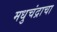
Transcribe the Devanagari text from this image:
मधुचंद्राचा